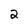
Character: 2